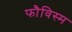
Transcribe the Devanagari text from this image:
फौविस्म